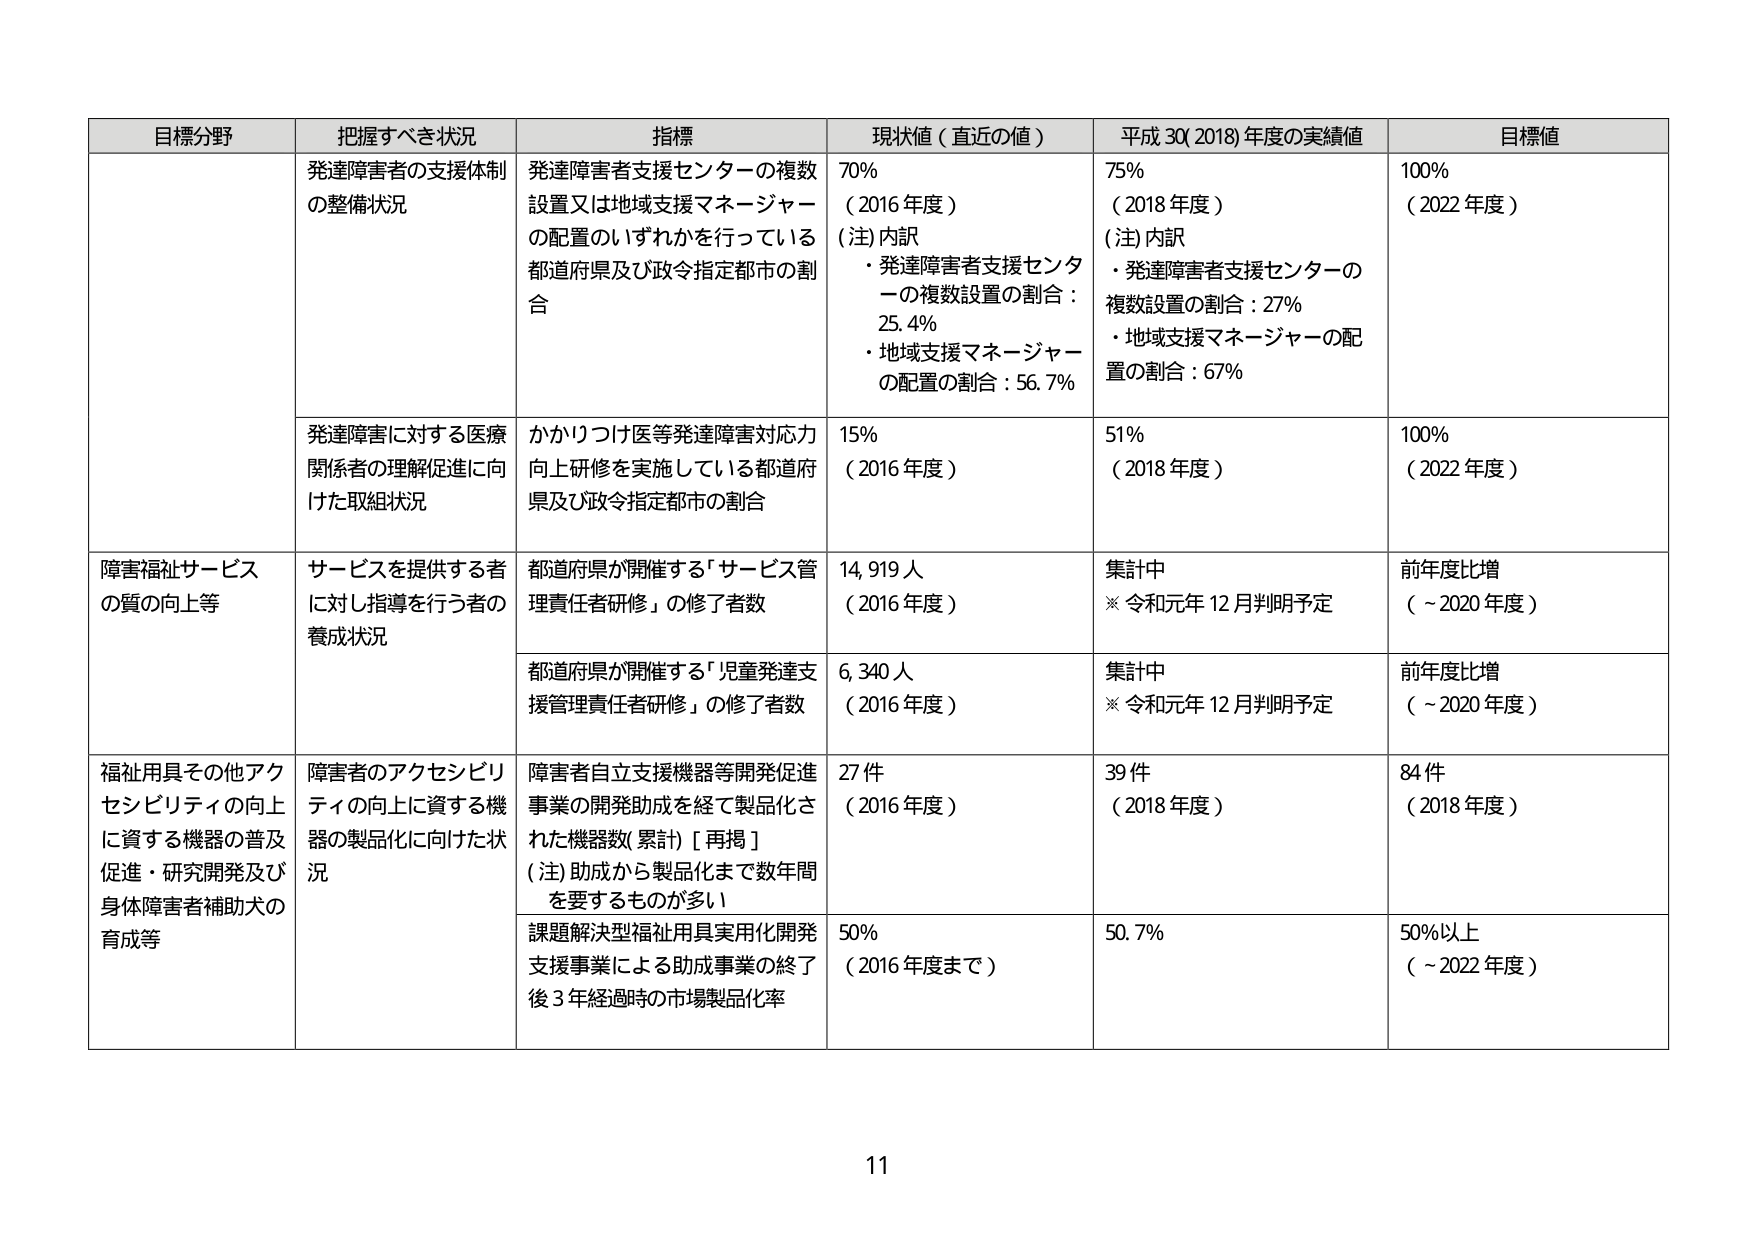
目標分野 把握すべき状況 指標 現状値（直近の値） 平成30(2018)年度の実績値 目標値
発達障害者の支援体制の整備状況 発達障害者支援センターの複数設置又は地域支援マネージャーの配置のいずれかを行っている都道府県及び政令指定都市の割合 70% （2016年度） (注)内訳 ・発達障害者支援センターの複数設置の割合：25.4% ・地域支援マネージャーの配置の割合：56.7% 75% （2018年度） (注)内訳 ・発達障害者支援センターの複数設置の割合：27% ・地域支援マネージャーの配置の割合：67% 100% （2022年度）
発達障害に対する医療関係者の理解促進に向けた取組状況 かかりつけ医等発達障害対応力向上研修を実施している都道府県及び政令指定都市の割合 15% （2016年度） 51% （2018年度） 100% （2022年度）
障害福祉サービスの質の向上等 サービスを提供する者に対し指導を行う者の養成状況 都道府県が開催する「サービス管理責任者研修」の修了者数 14,919人 （2016年度） 集計中 ※令和元年12月判明予定 前年度比増 （～2020年度）
都道府県が開催する「児童発達支援管理責任者研修」の修了者数 6,340人 （2016年度） 集計中 ※令和元年12月判明予定 前年度比増 （～2020年度）
福祉用具その他アクセシビリティの向上に資する機器の普及促進・研究開発及び身体障害者補助犬の育成等 障害者のアクセシビリティの向上に資する機器の製品化に向けた状況 障害者自立支援機器等開発促進事業の開発助成を経て製品化された機器数(累計)［再掲］ (注)助成から製品化まで数年間を要するものが多い 27件 （2016年度） 39件 （2018年度） 84件 （2018年度）
課題解決型福祉用具実用化開発支援事業による助成事業の終了後3年経過時の市場製品化率 50% （2016年度まで） 50.7% 50%以上 （～2022年度）
11